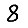
Digit: 8